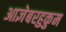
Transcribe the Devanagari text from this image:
आज्ञेबरहुकुम